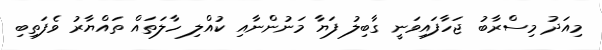
މިއަދު މިސްރާބު ޖަހާފައިވަނީ ގާބިލު ފަޔާ މަނުންނާއި ކުއްލި ހާލަތައް ތައްޔާރު ވެފަތިބި